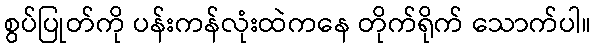
စွပ်ပြုတ်ကို ပန်းကန်လုံးထဲကနေ တိုက်ရိုက် သောက်ပါ။